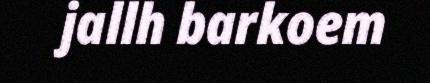
jallh barkoem